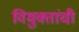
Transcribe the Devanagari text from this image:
विमुक्तांची